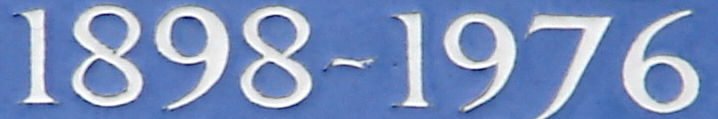
1898-1976